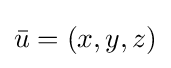
{\bar {u}}=(x,y,z)